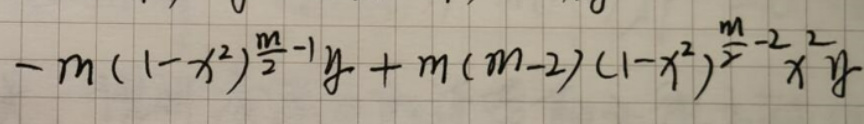
\[ -m(1 - x^{2})^{\frac{m}{2}-1}y + m(m - 2)(1 - x^{2})^{\frac{m}{2}-2}x^{2}y \]